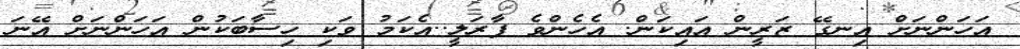
އަހަންނަށް އިނގޭ ޒަރީން އައިކަން. އެހެންވެ ފާރަލީ..އެކަމު ވަކި ހިސާބަކުން އަހަންނަށް އޭނަ